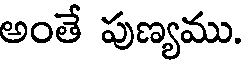
అంతే పుణ్యము.